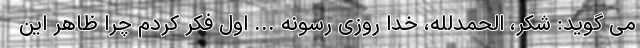
می گوید: شکر، الحمدلله، خدا روزی رسونه ... اول فکر کردم چرا ظاهر این